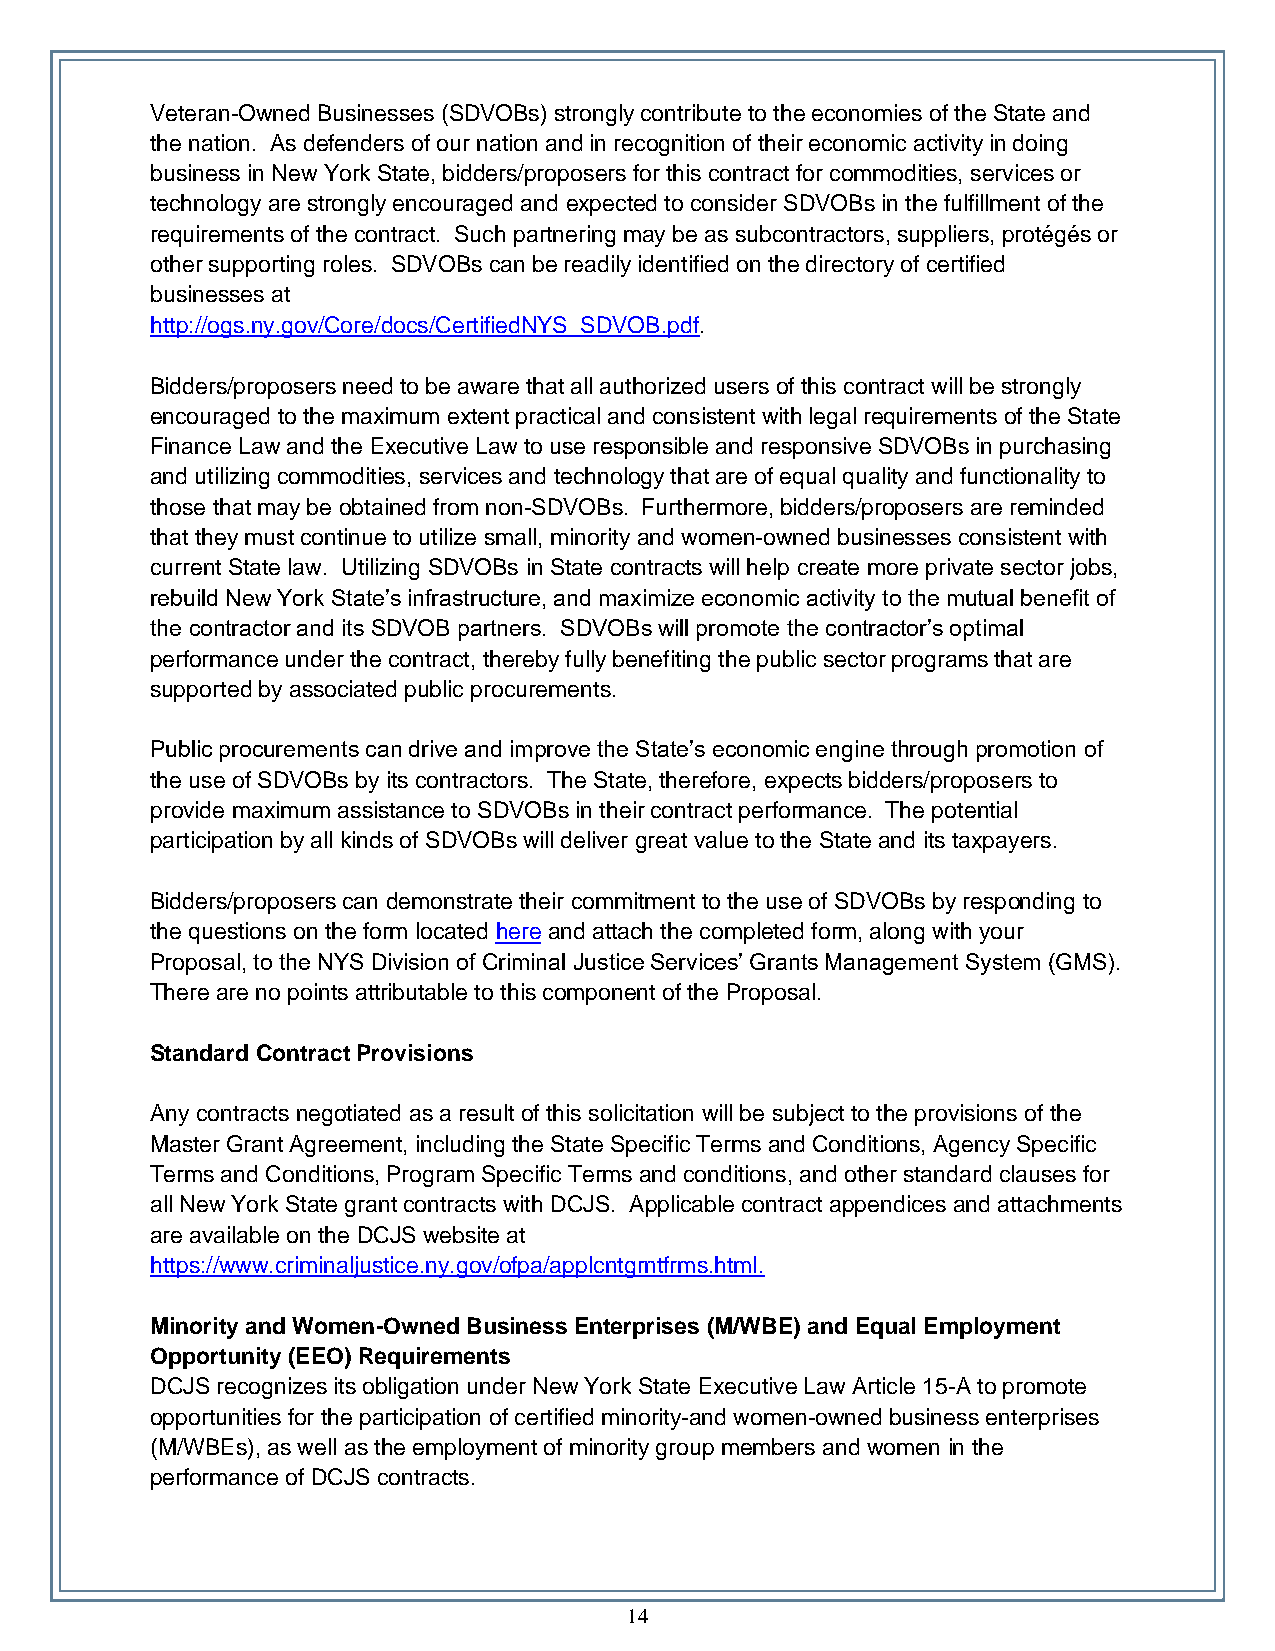
Veteran-Owned Businesses (SDVOBs) strongly contribute to the economies of the State and
 the nation. As defenders of our nation and in recognition of their economic activity in doing
 business in New York State, bidders/proposers for this contract for commodities, services or
 technology are strongly encouraged and expected to consider SDVOBs in the fulfillment of the
 requirements of the contract. Such partnering may be as subcontractors, suppliers, protégés or
 other supporting roles. SDVOBs can be readily identified on the directory of certified
 businesses at
 http://ogs.ny.gov/Core/docs/CertifiedNYS_SDVOB.pdf.
 Bidders/proposers need to be aware that all authorized users of this contract will be strongly
 encouraged to the maximum extent practical and consistent with legal requirements of the State
 Finance Law and the Executive Law to use responsible and responsive SDVOBs in purchasing
 and utilizing commodities, services and technology that are of equal quality and functionality to
 those that may be obtained from non-SDVOBs. Furthermore, bidders/proposers are reminded
 that they must continue to utilize small, minority and women-owned businesses consistent with
 current State law. Utilizing SDVOBs in State contracts will help create more private sector jobs,
 rebuild New York State’s infrastructure, and maximize economic activity to the mutual benefit of
 the contractor and its SDVOB partners. SDVOBs will promote the contractor’s optimal
 performance under the contract, thereby fully benefiting the public sector programs that are
 supported by associated public procurements.
 Public procurements can drive and improve the State’s economic engine through promotion of
 the use of SDVOBs by its contractors. The State, therefore, expects bidders/proposers to
 provide maximum assistance to SDVOBs in their contract performance. The potential
 participation by all kinds of SDVOBs will deliver great value to the State and its taxpayers.
 Bidders/proposers can demonstrate their commitment to the use of SDVOBs by responding to
 the questions on the form located here and attach the completed form, along with your
 Proposal, to the NYS Division of Criminal Justice Services’ Grants Management System (GMS).
 There are no points attributable to this component of the Proposal.
 Standard Contract Provisions
 Any contracts negotiated as a result of this solicitation will be subject to the provisions of the
 Master Grant Agreement, including the State Specific Terms and Conditions, Agency Specific
 Terms and Conditions, Program Specific Terms and conditions, and other standard clauses for
 all New York State grant contracts with DCJS. Applicable contract appendices and attachments
 are available on the DCJS website at
 https://www.criminaljustice.ny.gov/ofpa/applcntgrntfrms.html.
 Minority and Women-Owned Business Enterprises (M/WBE) and Equal Employment
 Opportunity (EEO) Requirements
 DCJS recognizes its obligation under New York State Executive Law Article 15-A to promote
 opportunities for the participation of certified minority-and women-owned business enterprises
 (M/WBEs), as well as the employment of minority group members and women in the
 performance of DCJS contracts.
 14